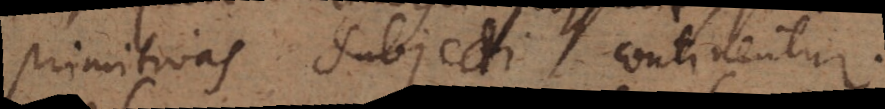
primitivas subjecti continentur.